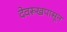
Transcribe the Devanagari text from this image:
देवरूखपासून